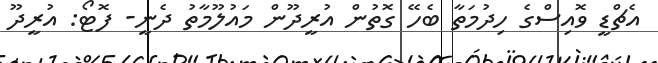
އެޗްޑީ ވޮއިސްގެ ހިދުމަތާ ބެހޭ ގޮތުން އުރީދޫން މައުލޫމާތު ދެނީ- ފޮޓޯ: އުރީދޫ